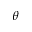
\theta